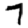
Digit: 7